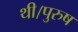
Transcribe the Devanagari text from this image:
थी।पुरुष